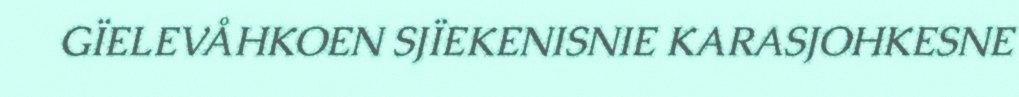
GÏELEVÅHKOEN SJÏEKENISNIE KARASJOHKESNE